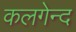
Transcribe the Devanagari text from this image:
कलगेन्द